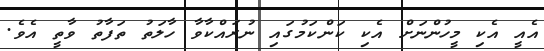
އެއީ އެކި މީހުންނަށް އެކި ކަންކަމުގައި ނުރައްކާވާ ހާލަތު ތަފާތު ވާތީ އެެވެ.